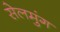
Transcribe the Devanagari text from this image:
सेलमुंग